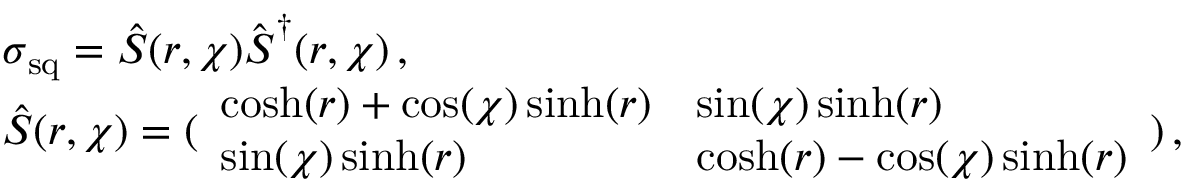
\begin{array} { r l } & { \boldsymbol { \sigma } _ { \mathrm { s q } } = \boldsymbol { \hat { S } } ( r , \chi ) \hat { \boldsymbol { S } } ^ { \dagger } ( r , \chi ) \, , } \\ & { \boldsymbol { \hat { S } } ( r , \chi ) = ( \begin{array} { l l } { \cosh ( r ) + \cos ( \chi ) \sinh ( r ) } & { \sin ( \chi ) \sinh ( r ) } \\ { \sin ( \chi ) \sinh ( r ) } & { \cosh ( r ) - \cos ( \chi ) \sinh ( r ) } \end{array} ) \, , } \end{array}